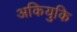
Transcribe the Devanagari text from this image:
अकियुकि